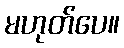
မဟုတ်ပေ။